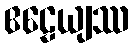
ဧဠေယျဿ